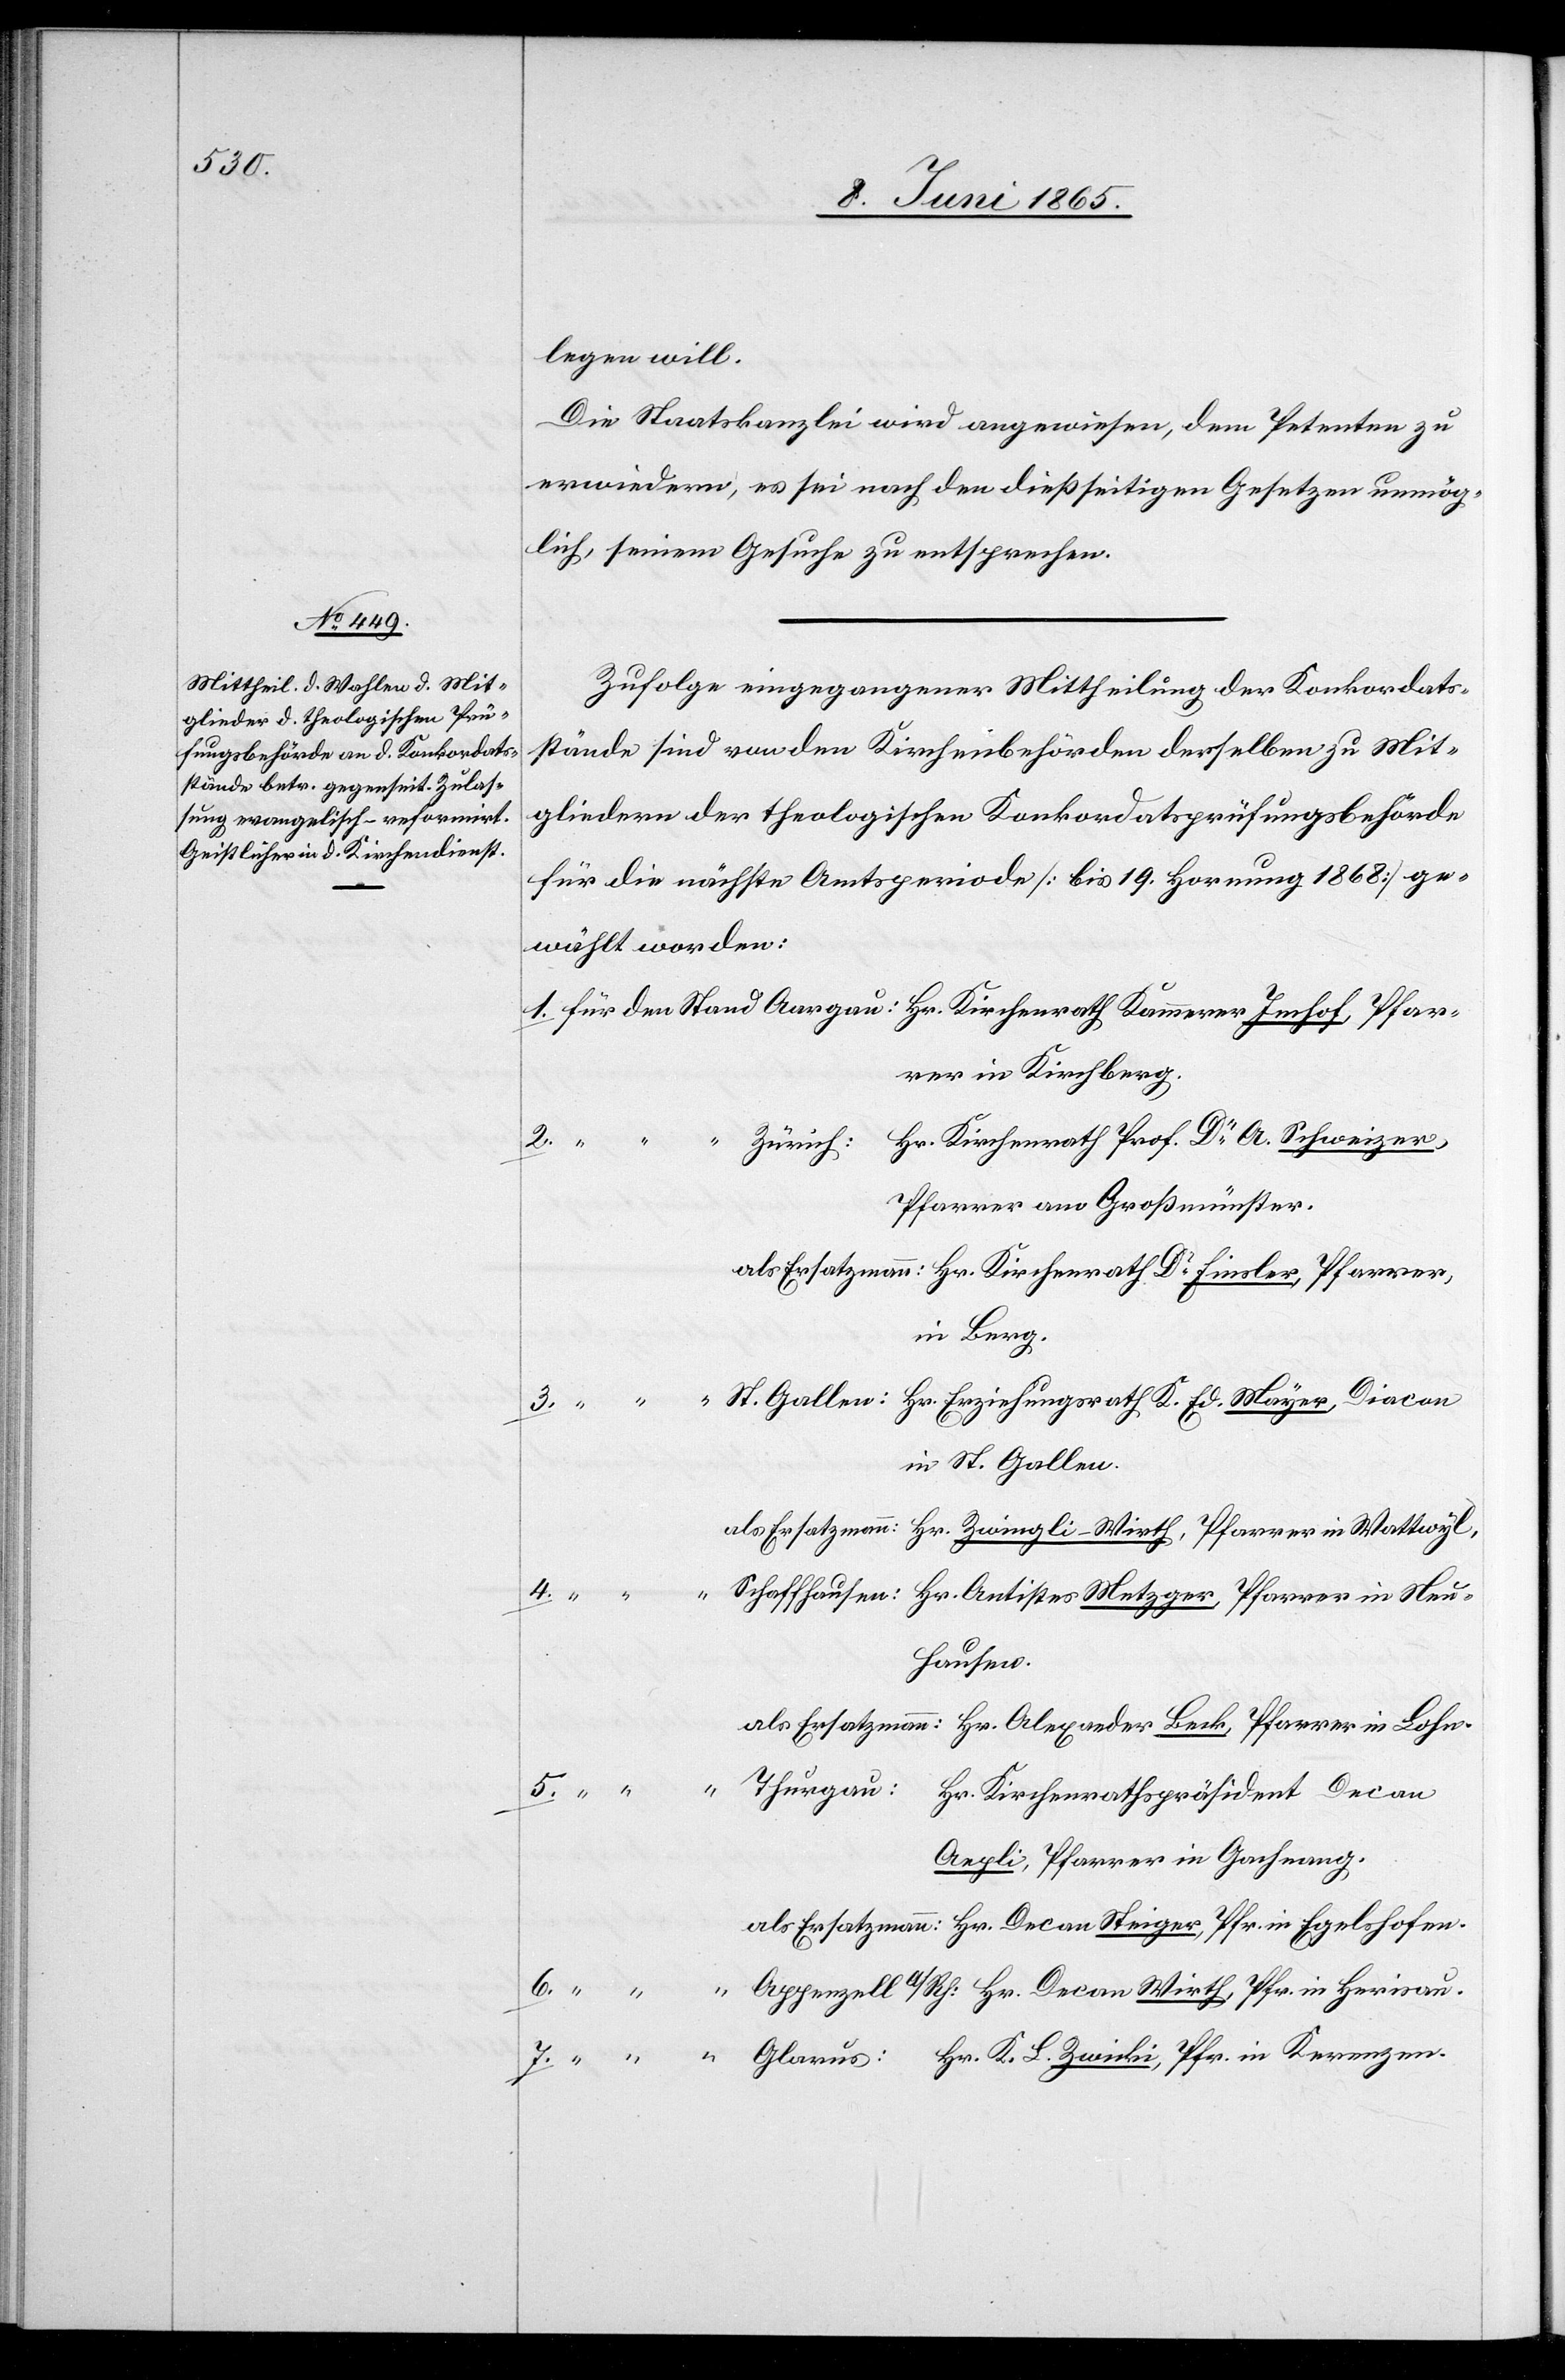
legen will.
Die Staatskanzlei wird angewiesen, dem Petenten zu
erwiedern, es sei nach den dießseitigen Gesetzen unmög¬
lich, seinem Gesuche zu entsprechen.
Zufolge eingegangener Mittheilung der Konkordats¬
stände sind von den Kirchenbehörden derselben zu Mit¬
gliedern der theologischen Konkordatsprüfungsbehörde
für die nächste Amtsperiode [bis 19. Hornung 1868] ge¬
wählt worden:
rer in Kirchberg.
Hr. Kirchenrath Prof. Dr A. Schweizer,
3.
Zürich:
Pfarrer am Großmünster.
in Berg.
in St. Gallen.
hausen.
Kerenzen.
Aepli, Pfarrer in Gachnang.